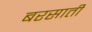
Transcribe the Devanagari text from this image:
बरसातीं